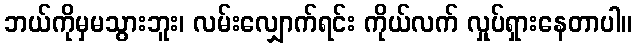
ဘယ်ကိုမှမသွားဘူး၊ လမ်းလျှောက်ရင်း ကိုယ်လက် လှုပ်ရှားနေတာပါ။